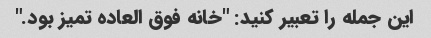
این جمله را تعبیر کنید: "خانه فوق العاده تمیز بود."